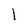
Character: l